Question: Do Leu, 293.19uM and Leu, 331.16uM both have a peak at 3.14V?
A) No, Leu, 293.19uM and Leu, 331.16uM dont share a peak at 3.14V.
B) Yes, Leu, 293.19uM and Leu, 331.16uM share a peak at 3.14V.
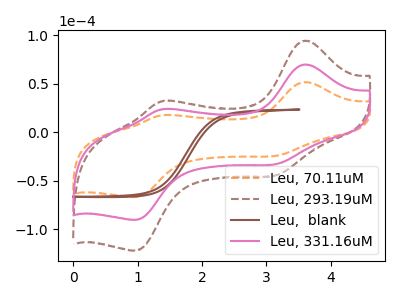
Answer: <think>The orange dashed curve "Leu, 70.11uM" has anodic peaks at (3.60V, 51.75uA) (1.35V, 17.55uA) and cathodic peaks at (3.15V, -24.45uA) (0.95V, -66.90uA). The brown dashed curve "Leu, 293.19uM" has anodic peaks at (3.60V, 139.85uA) (1.35V, 47.40uA) and cathodic peaks at (3.15V, -66.10uA) (0.95V, -180.85uA). The brown curve "Leu,  blank" has no peaks. The pink curve "Leu, 331.16uM" has anodic peaks at (3.60V, 69.95uA) (1.35V, 23.70uA) and cathodic peaks at (3.15V, -33.05uA) (0.95V, -90.45uA).</think>
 <answer>B) Yes, "Leu, 293.19uM" and "Leu, 331.16uM" share a peak at 3.14V.</answer>
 <eval>B</eval>